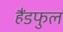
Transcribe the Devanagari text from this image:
हैंडफुल